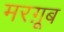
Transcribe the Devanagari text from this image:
मरग़ूब